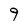
Character: 9